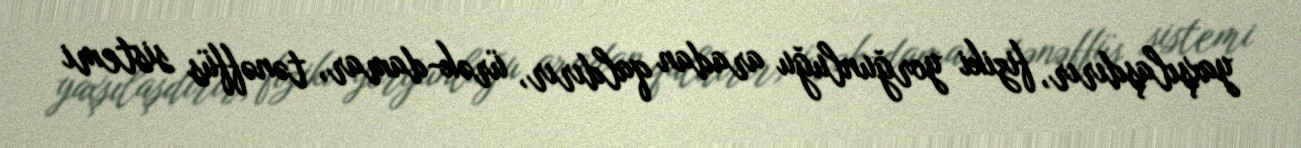
yaxşılaşdırır, fiziki yorğunluğu aradan qaldırır, ürək-damar, tənəffüs sistemi